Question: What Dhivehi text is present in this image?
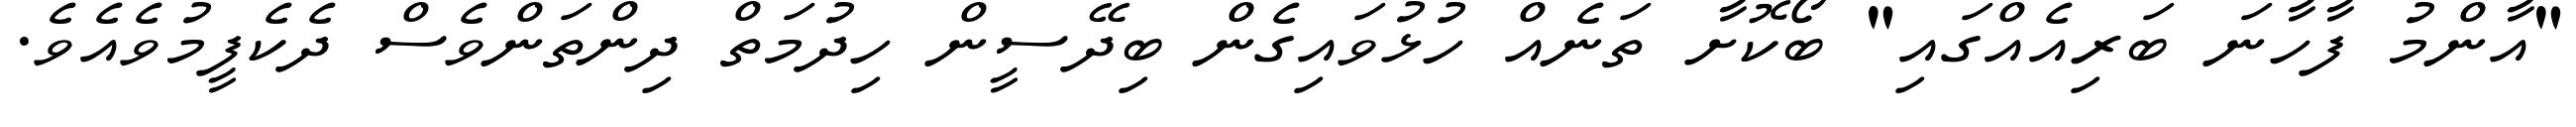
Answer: "އާންމު ފާހާނަ ބަރިއެއްގައި" ބޯކޮށާ ތަނެއް ހުޅުވައިގެން ބިދޭސީން ހިދުމަތް ދިންތަންވެސް ދެކެފީމުވެއެވެ.